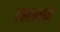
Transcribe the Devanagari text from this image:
टनलमध्ये